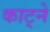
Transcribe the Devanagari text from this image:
काट्ने